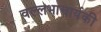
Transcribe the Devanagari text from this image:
वल्लभाचार्यकी